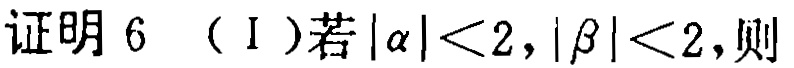
证明6 （I）若\(|\alpha|<2,|\beta|<2\)，则